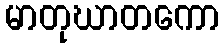
မာတုဃာတကော